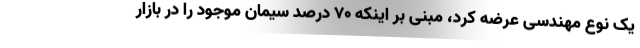
یک نوع مهندسی عرضه کرد، مبنی بر اینکه ۷۰ درصد سیمان موجود را در بازار